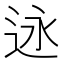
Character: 𬨣